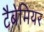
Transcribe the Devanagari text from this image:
टैबेमियर